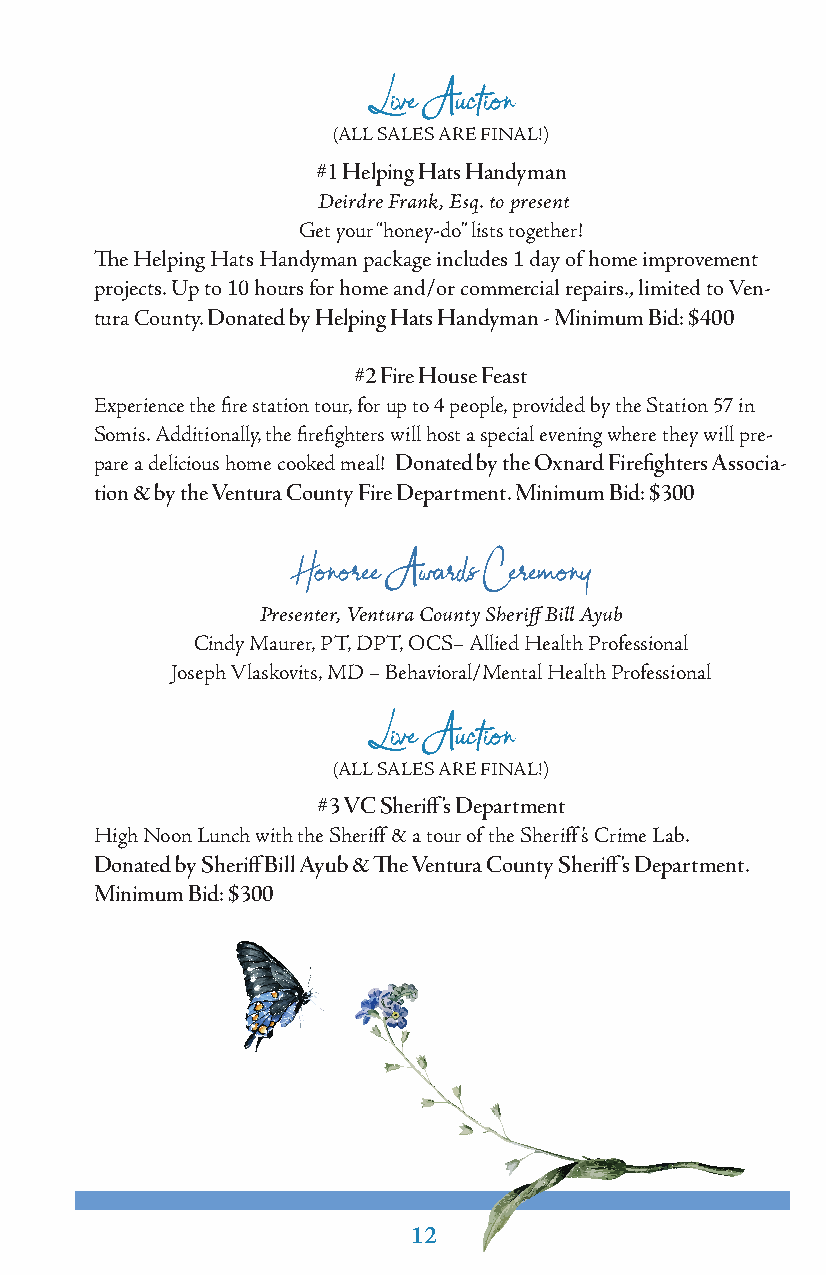
Live Auction
 (ALL SALES ARE FINAL!)
 #1 Helping Hats Handyman
 Deirdre Frank, Esq. to present
 Get your “honey-do” lists together!
 The Helping Hats Handyman package includes 1 day of home improvement
 projects. Up to 10 hours for home and/or commercial repairs., limited to Ven-
 tura County. Donated by Helping Hats Handyman - Minimum Bid: $400
 #2 Fire House Feast
 Experience the fire station tour, for up to 4 people, provided by the Station 57 in
 Somis. Additionally, the firefighters will host a special evening where they will pre-
 pare a delicious home cooked meal! Donated by the Oxnard Firefighters Associa-
 tion & by the Ventura County Fire Department. Minimum Bid: $300
 Honoree Awards Ceremony
 Presenter, Ventura County Sheriff Bill Ayub
 Cindy Maurer, PT, DPT, OCS– Allied Health Professional
 Joseph Vlaskovits, MD – Behavioral/Mental Health Professional
 Live Auction
 (ALL SALES ARE FINAL!)
 #3 VC Sheriff’s Department
 High Noon Lunch with the Sheriff & a tour of the Sheriff’s Crime Lab.
 Donated by Sheriff Bill Ayub & The Ventura County Sheriff’s Department.
 Minimum Bid: $300
 12